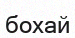
бохай